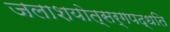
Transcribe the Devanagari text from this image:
जलाशयोत्सर्गपद्धति